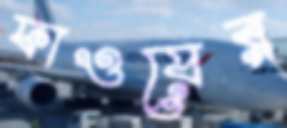
ফাওয়ের